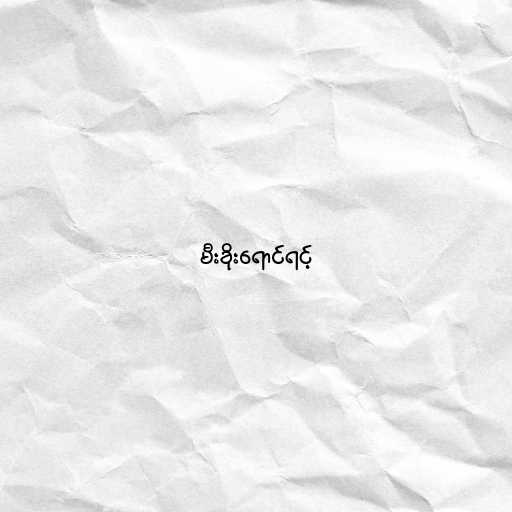
မီးခိုးရောင်ရင့်